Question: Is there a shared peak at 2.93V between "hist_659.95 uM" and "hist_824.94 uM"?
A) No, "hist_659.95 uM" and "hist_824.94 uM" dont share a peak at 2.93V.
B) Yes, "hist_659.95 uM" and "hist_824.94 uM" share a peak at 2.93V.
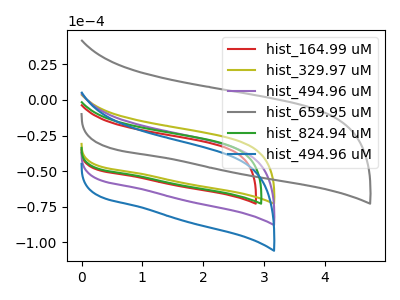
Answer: <think>The red curve "hist_164.99 uM" has no peaks. The olive curve "hist_329.97 uM" has no peaks. The purple curve "hist_494.96 uM" has no peaks. The gray curve "hist_659.95 uM" has no peaks. The green curve "hist_824.94 uM" has no peaks. The blue curve "hist_494.96 uM" has no peaks.</think>
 <answer>A) No, "hist_659.95 uM" and "hist_824.94 uM" dont share a peak at 2.93V.</answer>
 <eval>A</eval>